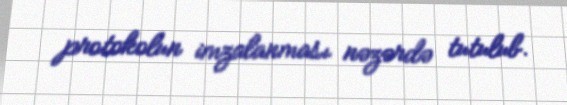
protokolun imzalanması nəzərdə tutulub.